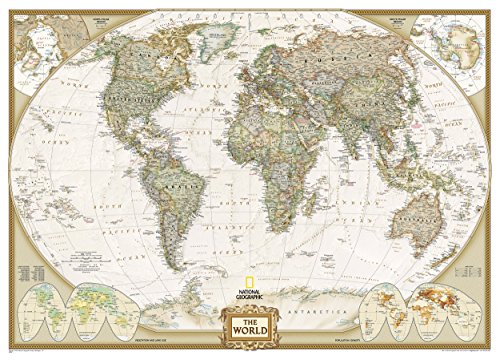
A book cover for World Executive [Mural] (National Geographic Reference Map); National Geographic Maps - Reference; Reference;